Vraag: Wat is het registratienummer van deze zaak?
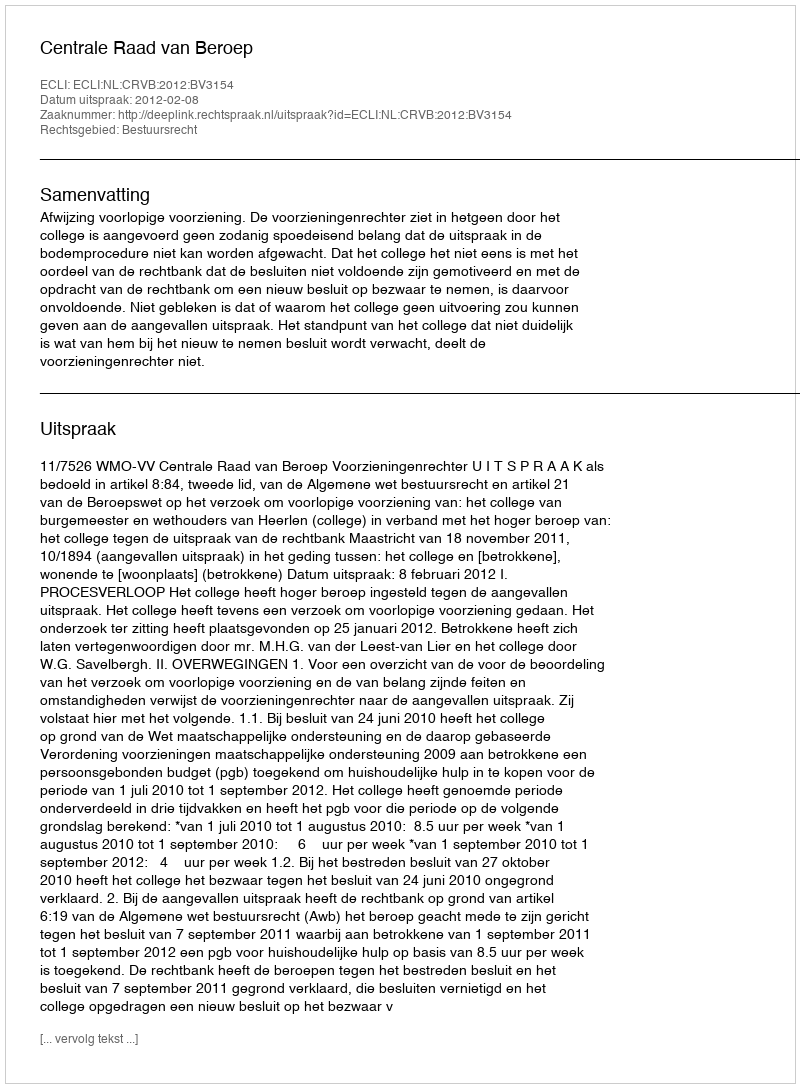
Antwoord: http://deeplink.rechtspraak.nl/uitspraak?id=ECLI:NL:CRVB:2012:BV3154